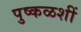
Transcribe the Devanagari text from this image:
पुष्कळशीं